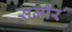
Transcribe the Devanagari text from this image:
समीर॔